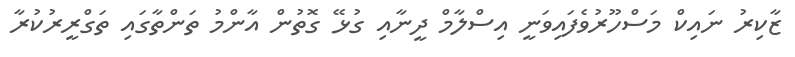
ޒާކިރު ނައިކް މަސްހޫރުވެފައިވަނީ އިސްލާމް ދީނާއި ގުޅޭ ގޮތުން އާންމު ތަންތާގައި ތަގްރީރުކުރާ